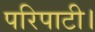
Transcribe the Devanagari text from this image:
परिपाटी।